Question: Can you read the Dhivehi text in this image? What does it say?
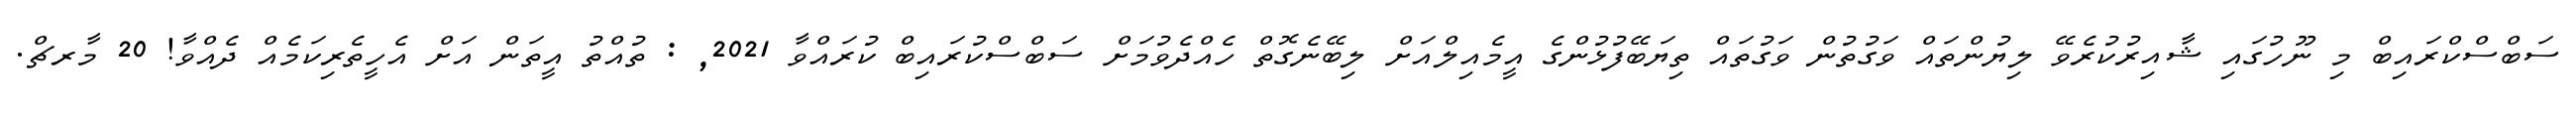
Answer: ސަބްސްކްރައިބް މި ނޫހުގައި ޝާއިރުކުރެވޭ ލިޔުންތައް ވަގުތުން ވަގުތައް ތިޔަބޭފުޅުންގެ އީމެއިލްއަށް ލިބޭނެގޮތް ހެއްދެވުމަށް ސަބްސްކުރައިބް ކުރައްވާ 2021, : ތުއްތު އީތަން އަށް އެހީތެރިކަމެއް ދެއްވާ! 20 މާރޗް.